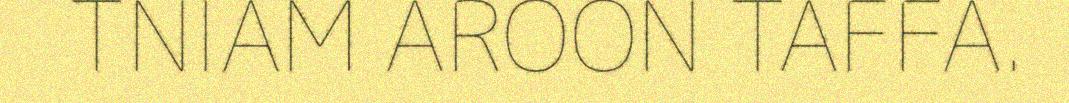
TNIAM AROON TAFFA.